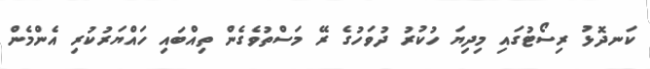
ކަނދޮޅު ރިސޯޓުގައި މިދިޔަ ހުކުރު ދުވަހުގެ ރޭ މަސްތުވެގެން ތިއްބައި ހައްޔަރުކުރި އެންމެން